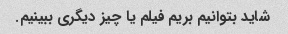
شاید بتوانیم بریم فیلم یا چیز دیگری ببینیم.